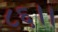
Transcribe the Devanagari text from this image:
८६।।